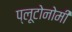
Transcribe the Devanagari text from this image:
प्लूटोनोमी